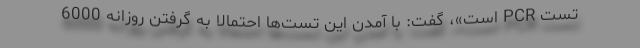
تست PCR است»، گفت: با آمدن این تست‌ها احتمالا به گرفتن روزانه 6000